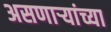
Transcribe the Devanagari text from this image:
असणाऱ्यांच्या